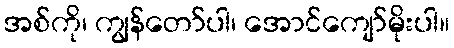
အစ်ကို၊ ကျွန်တော်ပါ၊ အောင်ကျော်မိုးပါ။